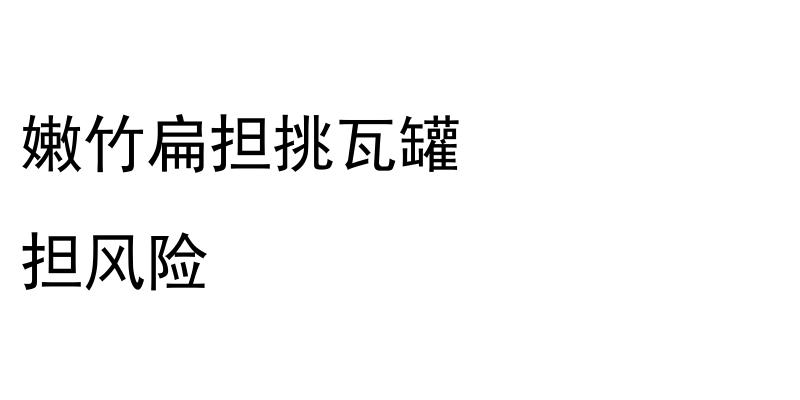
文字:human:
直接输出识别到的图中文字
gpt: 嫩竹扁担挑瓦罐 担风险